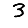
Digit: 3